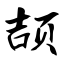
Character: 颉